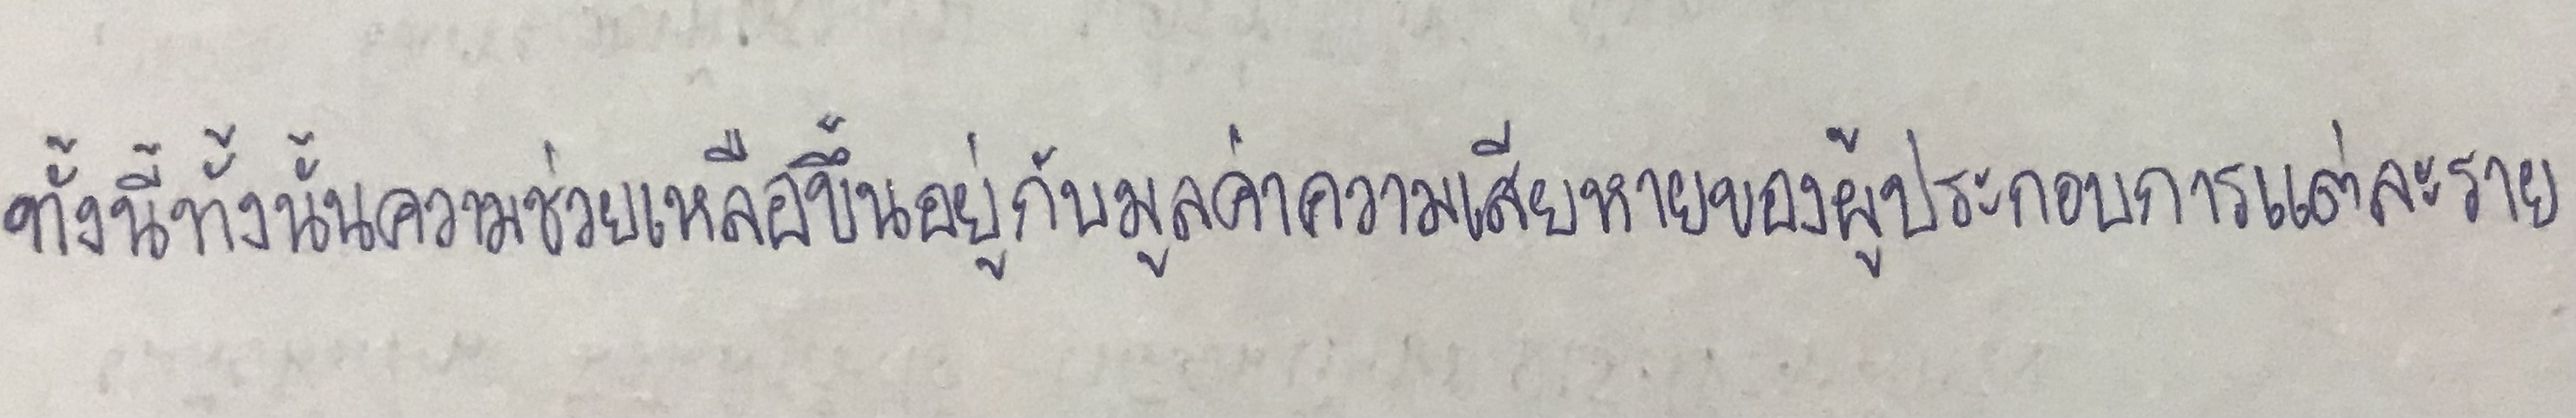
ทั้งนี้ทั้งนั้นความช่วยเหลือขึ้นอยู่กับมูลค่าความเสียหายของผู้ประกอบการแต่ละราย